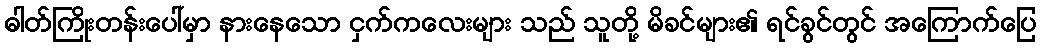
ဓါတ်ကြိုးတန်းပေါ်မှာ နားနေသော ငှက်ကလေးများ သည် သူတို့ မိခင်များ၏ ရင်ခွင်တွင် အကြောက်ပြေ